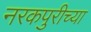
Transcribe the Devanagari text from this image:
नरकपुरीच्या